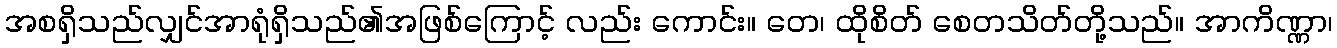
အစရှိသည်လျှင်အာရုံရှိသည်၏အဖြစ်ကြောင့် လည်း ကောင်း။ တေ၊ ထိုစိတ် စေတသိတ်တို့သည်။ အာကိဏ္ဏာ၊